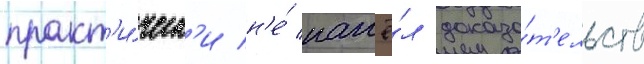
практ'и́ческ'и н'е́ нашё́л доказа́т'ельств